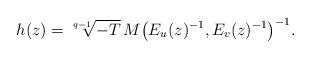
LaTeX: \begin{align*}h(z) = \sqrt[q-1]{-T} \, M\big(E_u(z)^{-1},E_v(z)^{-1}\big)^{-1}.\end{align*}